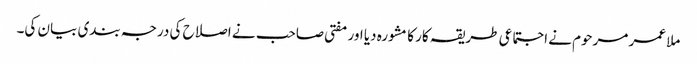
ملا عمر مرحوم نے اجتماعی طریقہ کار کا مشورہ دیا اور مفتی صاحب نے اصلاح کی درجہ بندی بیان کی۔